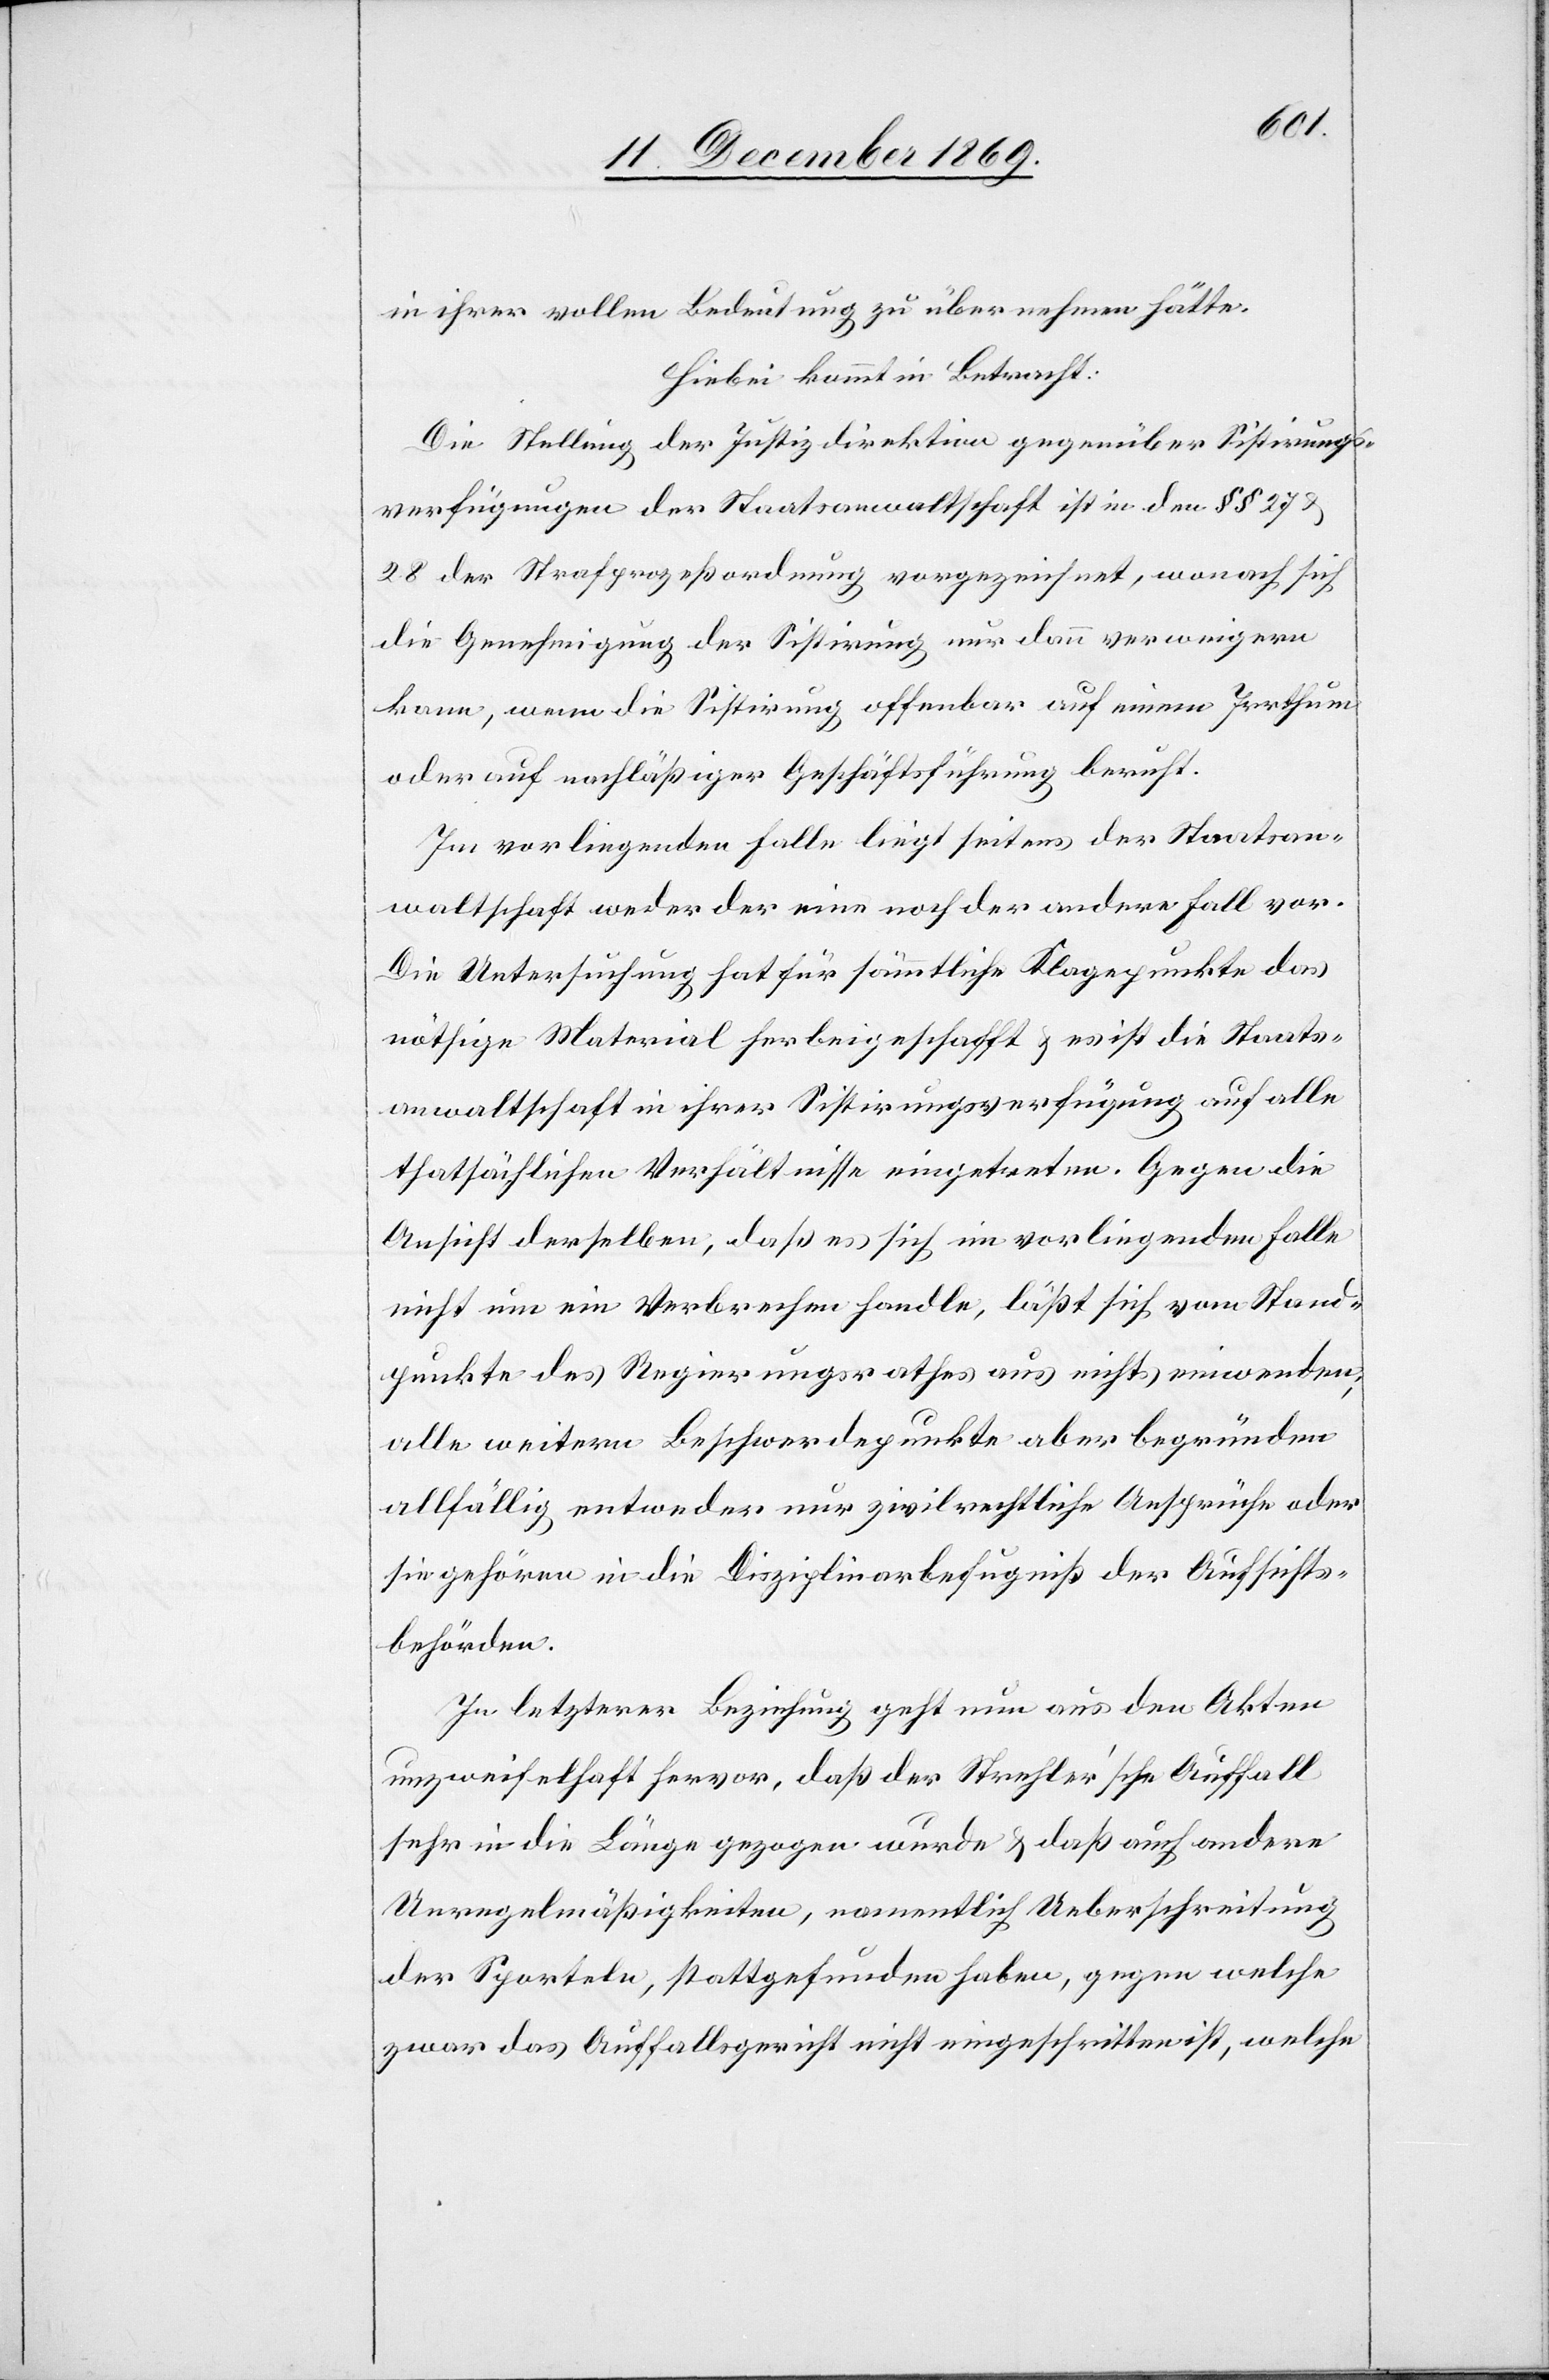
in ihrer vollen Bedeutung zu übernehmen hätte.
Hiebei kommt in Betracht:
Die Stellung der Justizdirektion gegenüber Sistirungs¬
verfügungen der Staatsanwaltschaft ist in den §§ 27 &
28 der Strafprozeßordnung vorgezeichnet, wonach sich
die Genehmigung der Sistirung nur dann verweigern
kann, wenn die Sistirung offenbar auf einem Irrthum
oder auf nachläßiger Geschäftsführung beruht.
Im vorliegenden Falle liegt seitens der Staatsan¬
waltschaft weder der eine noch der andere Fall vor.
Die Untersuchung hat für sämmtliche Klagepunkte das
nöthige Material herbeigeschafft & es ist die Staats¬
anwaltschaft in ihrer Sistirungsverfügung auf alle
thatsächlichen Verhältnisse eingetreten. Gegen die
Ansicht derselben, daß es sich im vorliegenden Falle
nicht um ein Verbrechen handle, läßt sich vom Stand¬
punkte des Regierungsrathes aus nichts einwenden;
alle weitern Beschwerdepunkte aber begründen
allfällig entweder nur zivilrechtliche Ansprüche oder
sie gehören in die Disziplinarbefugniß der Aufsichts¬
behörden.
In letzterer Beziehung geht nun aus den Akten
unzweifelhaft hervor, daß der Strehler’sche Auffall
sehr in die Länge gezogen wurde & daß auch andere
Unregelmäßigkeiten, namentlich Ueberschreitung
der Sporteln, stattgefunden haben, gegen welche
zwar das Auffallsgericht nicht eingeschritten ist, welche